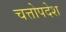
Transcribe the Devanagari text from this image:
चत्तोपदेश